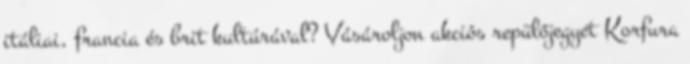
itáliai, francia és brit kultúrával? Vásároljon akciós repülőjegyet Korfura